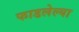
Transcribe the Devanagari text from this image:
फाडलेल्या